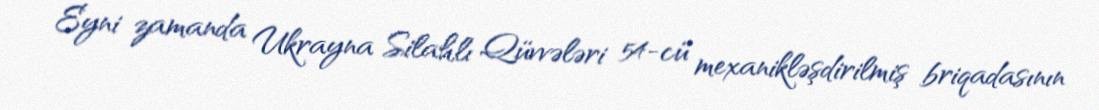
Eyni zamanda Ukrayna Silahlı Qüvvələri 54-cü mexanikləşdirilmiş briqadasının